Civil Veterinary Dept. Assam report 1927-50 - 1927-1950
Year: 1927
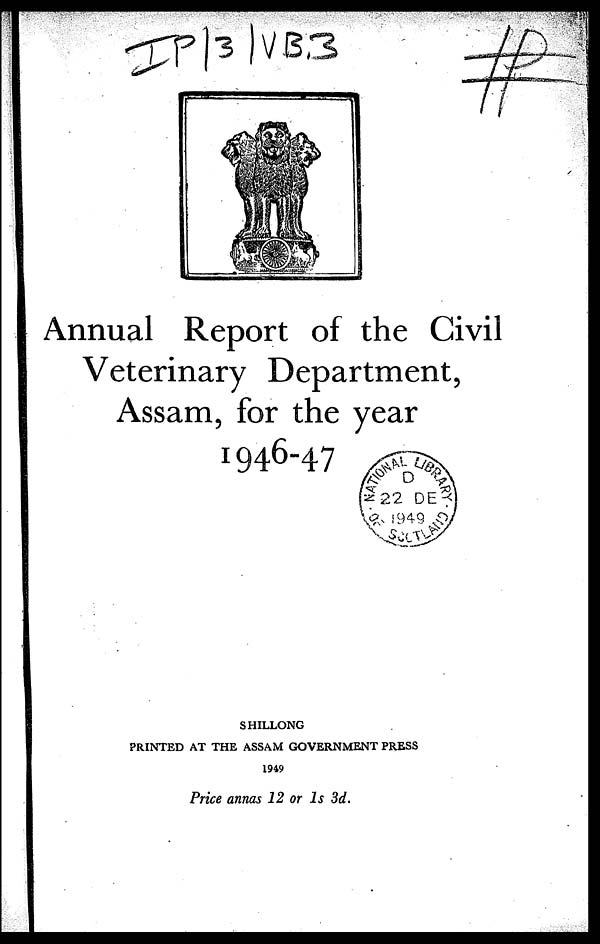
Annual Report of the Civil
Veterinary Department,
Assam, for the year
1946-47
SHILLONG
PRINTED AT THE ASSAM GOVERNMENT PRESS
1949
Price annas 12 or 1s 3d.